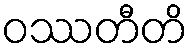
ဝဿတီတိ